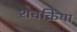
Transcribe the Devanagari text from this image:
शवक्रिया